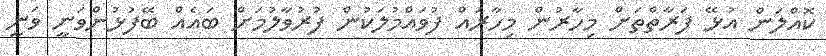
ކޮއްލަން އުޅޭ ފަރާތްތަށް މިހާރުން މިހާރައް ފުވައްމުލަކުން ފުރުވާލުމަށް ބައެއް ބޭފުޅުންވަނީ ވަނީ